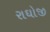
રાઘોજી